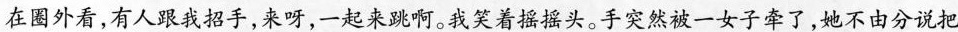
在圈外看,有人跟我招手,来呀,一起来跳啊。我笑着摇摇头。手突然被一女子牵了,她不由分说把